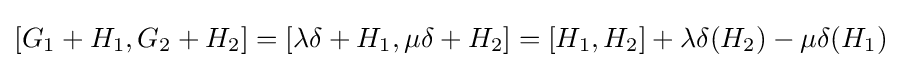
[G_{1}+H_{1},G_{2}+H_{2}]=[\lambda \delta +H_{1},\mu \delta +H_{2}]=[H_{1},H_{2}]+\lambda \delta (H_{2})-\mu \delta (H_{1})